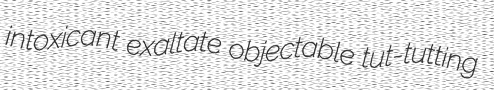
intoxicant exaltate objectable tut-tutting